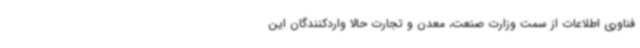
فناوری اطلاعات از سمت وزارت صنعت، معدن و تجارت حالا واردکنندگان این